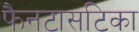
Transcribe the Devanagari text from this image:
फैनटासटिका